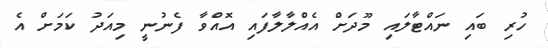
ހުރި ބައި ނައްޓާލައި މޫދަށް އެއްލާލާފައި އޮއްވާ ފެނުނީ މިއަދު ކަމަށް އެ